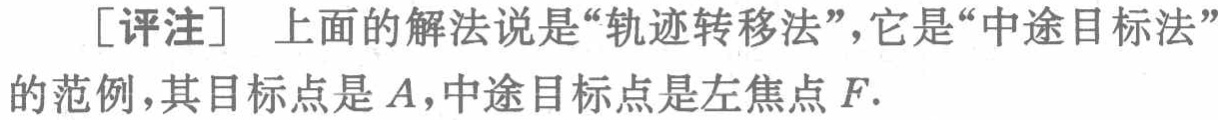
[评注] 上面的解法说是“轨迹转移法”，它是“中途目标法”的范例，其目标点是 \(A\)，中途目标点是左焦点 \(F\).